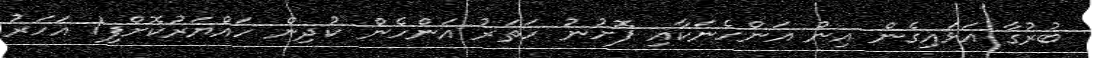
ބުރުގާ އަޅައިގެން އިން އަންހެނަކާއި ފޮށުނު ހަތަރު އަންހެން ކުދިން ހައްޔަރުކޮށްފި1 އަހަރު